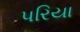
પરિયા